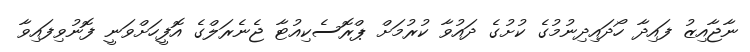
ނާޖާއިޒު ފައިދާ ހޯދައިދިނުމުގެ ކުށުގެ ދައުވާ ކުރުމަށް ޕްރޮސެކިއުޓާ ޖެނެރަލްގެ އޮފީހަށްވަނީ ފޮނުވިފައިވާ